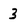
Character: 3